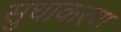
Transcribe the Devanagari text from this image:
सुधाकरण